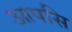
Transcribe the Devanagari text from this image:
आपसि